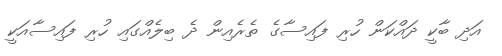
އަދި ބާކީ ދައްކަން ހުރި ފައިސާގެ ތެރެއިން ދެ ބިލެއްގައި ހުރި ފައިސާއަކީ